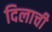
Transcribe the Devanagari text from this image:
दिलाची